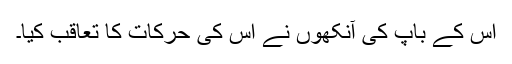
اس کے باپ کی آنکھوں نے اس کی حرکات کا تعاقب کیا۔